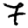
Digit: 7